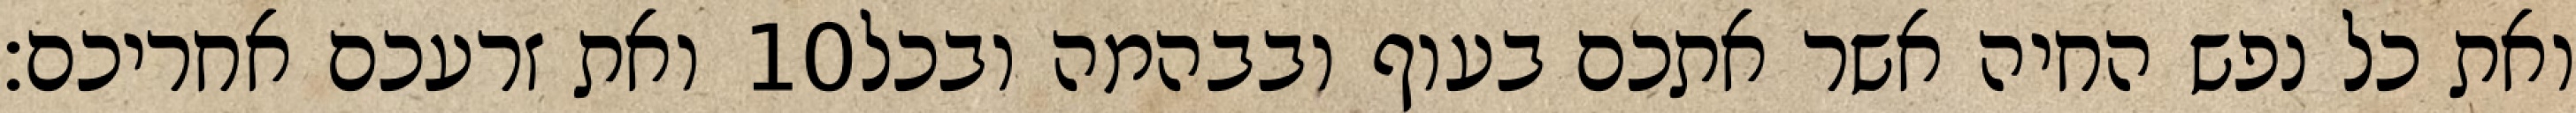
ואת זרעכם אחריכם׃ ‎10‏ ואת כל נפש החיה אשר אתכם בעוף ובבהמה ובכל